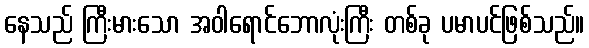
နေသည် ကြီးမားသော အဝါရောင်ဘောလုံးကြီး တစ်ခု ပမာပင်ဖြစ်သည်။